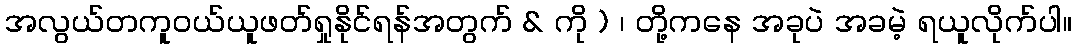
အလွယ်တကူဝယ်ယူဖတ်ရှုနိုင်ရန်အတွက် & ကို ) ၊ တို့ကနေ အခုပဲ အခမဲ့ ရယူလိုက်ပါ။